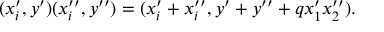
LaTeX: ( x _ { i } ^ { \prime } , y ^ { \prime } ) ( x _ { i } ^ { \prime \prime } , y ^ { \prime \prime } ) = ( x _ { i } ^ { \prime } + x _ { i } ^ { \prime \prime } , y ^ { \prime } + y ^ { \prime \prime } + q x _ { 1 } ^ { \prime } x _ { 2 } ^ { \prime \prime } ) .